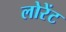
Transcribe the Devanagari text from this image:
लोरेंट